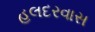
હલદરવાસ